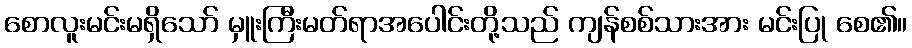
စောလူးမင်းမရှိသော် မှူးကြီးမတ်ရာအပေါင်းတို့သည် ကျန်စစ်သားအား မင်းပြု စေ၏။